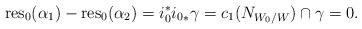
LaTeX: \begin{align*}\mathrm{res}_0(\alpha_1) - \mathrm{res}_0(\alpha_2) = i_0^*{i_0}_* \gamma = c_1(N_{W_0/W})\cap \gamma =0.\end{align*}